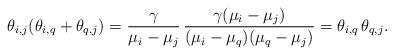
LaTeX: \begin{align*} \theta_{i,j} ( \theta_{i,q} + \theta_{q,j} ) = \frac{\gamma}{\mu_i - \mu_j} \, \frac{\gamma(\mu_i - \mu _j)}{(\mu_i - \mu_q)(\mu_q - \mu_j)} = \theta_{i,q} \, \theta_{q,j} .\end{align*}